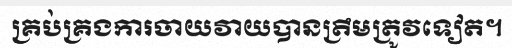
គ្រប់គ្រងការចាយវាយបានត្រឹមត្រូវទៀត។